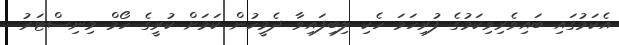
އެކަމުގައި ބައިވެރިވިކަމުގެ ފުރިހަމަ ހެކި ލިބިފައިވާ ދެމީހުން ކަމަށް ކުރީގެ ހޯމް މިނިސްޓަރު